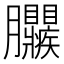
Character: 𦣜